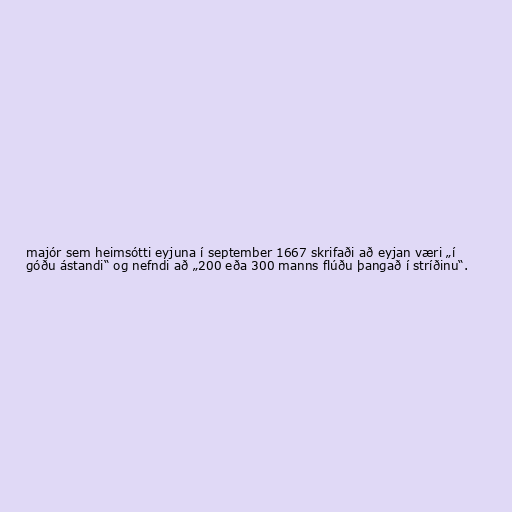
majór sem heimsótti eyjuna í september 1667 skrifaði að eyjan væri „í
góðu ástandi“ og nefndi að „200 eða 300 manns flúðu þangað í stríðinu“.